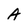
Character: A